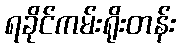
ရခိုင်ကမ်းရိုးတန်း